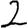
Digit: 2